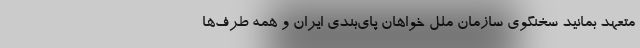
متعهد بمانید سخنگوی سازمان ملل خواهان پای‌بندی ایران و همه طرف‌ها